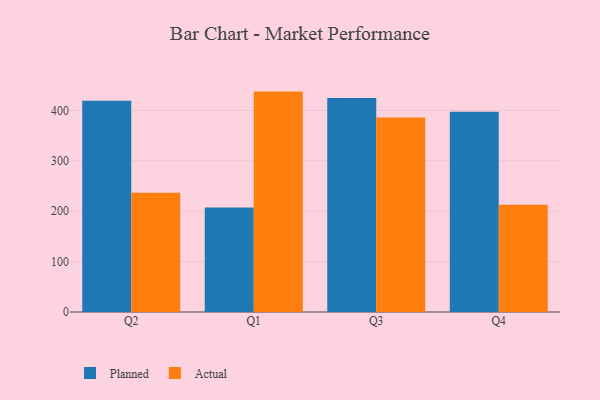
{"axis": {"x": "Quarter", "y": "Shipments"}, "legend": ["Actual", "Planned"], "data": [{"x": "Q2", "y": 419.3, "type": "Planned"}, {"x": "Q2", "y": 236.5, "type": "Actual"}, {"x": "Q1", "y": 207.3, "type": "Planned"}, {"x": "Q1", "y": 437.5, "type": "Actual"}, {"x": "Q3", "y": 424.8, "type": "Planned"}, {"x": "Q3", "y": 386.1, "type": "Actual"}, {"x": "Q4", "y": 397.5, "type": "Planned"}, {"x": "Q4", "y": 213.1, "type": "Actual"}]}